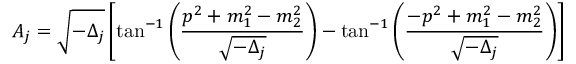
A _ { j } = \sqrt { - \Delta _ { j } } \left[ \tan ^ { - 1 } \left( \frac { p ^ { 2 } + m _ { 1 } ^ { 2 } - m _ { 2 } ^ { 2 } } { \sqrt { - \Delta _ { j } } } \right) - \tan ^ { - 1 } \left( \frac { - p ^ { 2 } + m _ { 1 } ^ { 2 } - m _ { 2 } ^ { 2 } } { \sqrt { - \Delta _ { j } } } \right) \right]